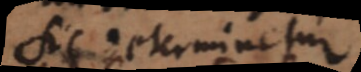
sic determinetur.